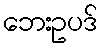
ဘေးဥပဒ်